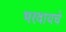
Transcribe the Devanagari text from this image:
भरवायचे